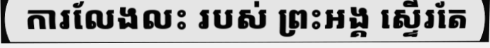
ការលែងលះ របស់ ព្រះអង្គ ស្ទើរតែ